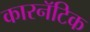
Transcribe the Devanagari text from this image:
कारनॅटिक